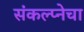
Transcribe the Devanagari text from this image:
संकल्प्नेचा